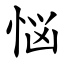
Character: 悩